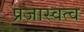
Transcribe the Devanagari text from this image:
प्रजास्वत्व